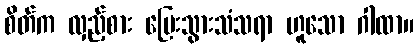
စိတ်က လှည့်စား ပြေးသွားသံသရာ ဟူသော ဂါထာ။